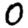
Digit: 0